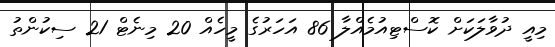
މިއީ ދުވާލަކަށް ކޮސްޓިއުމެއްލާ 86 އަހަރުގެ މީހެއް 20 މިނެޓް 21 ސިކުންތު